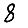
Digit: 8